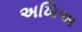
અખિઅ